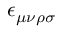
\epsilon _ { \mu \nu \rho \sigma }